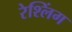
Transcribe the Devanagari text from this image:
रेश्लिंग